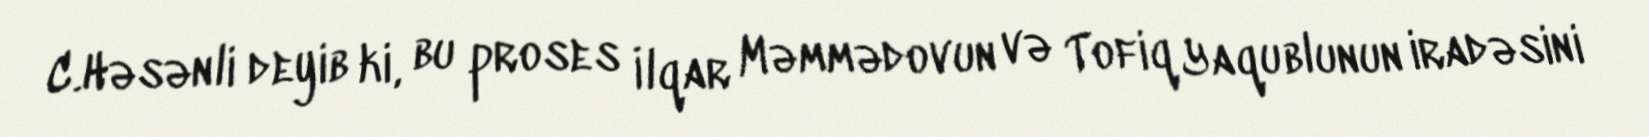
C.Həsənli deyib ki, bu proses İlqar Məmmədovun və Tofiq Yaqublunun iradəsini